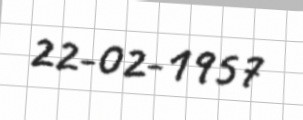
22-02-1957